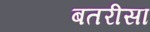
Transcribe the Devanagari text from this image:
बतरीसा